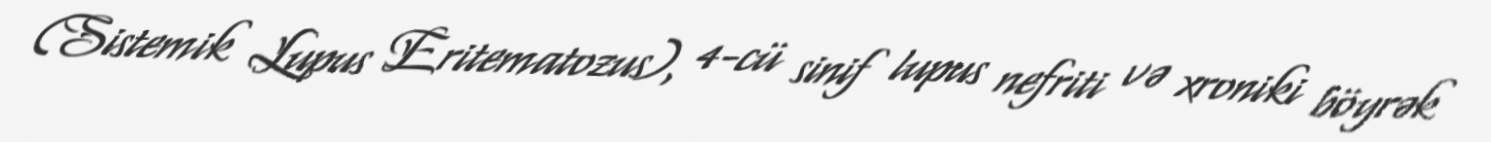
(Sistemik Lupus Eritematozus), 4-cü sinif lupus nefriti və xroniki böyrək